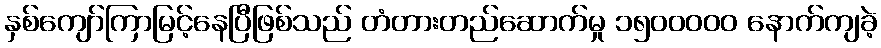
နှစ်ကျော်ကြာမြင့်နေပြီဖြစ်သည် တံတားတည်ဆောက်မှု ၁၅၀၀ဝဝဝ နောက်ကျခဲ့